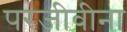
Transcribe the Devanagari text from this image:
परजीवीना